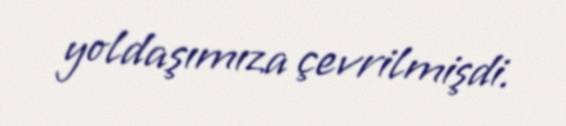
yoldaşımıza çevrilmişdi.